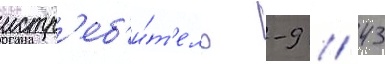
истр'еб'и́т'ель -9 / 43